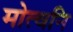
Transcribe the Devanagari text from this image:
मोत्वनि